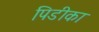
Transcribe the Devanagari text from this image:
पिडीका